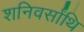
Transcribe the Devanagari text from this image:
शनिवर्सांथि